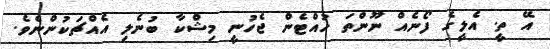
އޭ ތީ. އެލީގެ ފޯނެއް ނޫންތަ ހުއްޓެން ޖެހުނީ މިޝްކާ ބުނެލި އެއްޗަކުންނެވެ.